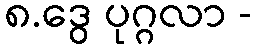
၈.ဒွေ ပုဂ္ဂလာ -